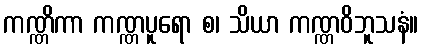
ကဏ္ဏိကာ ကဏ္ဏပူရော စ၊ သိယာ ကဏ္ဏဝိဘူသနံ။